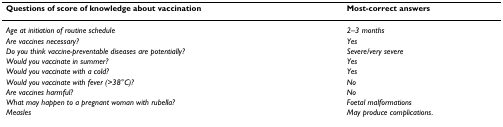
<table><thead><tr><td><b>Questions of score of knowledge about vaccination</b></td><td><b>Most-correct answers</b></td></tr></thead><tbody><tr><td><i>Age at initiation of routine schedule</i></td><td><i>2–3 months</i></td></tr><tr><td><i>Are vaccines necessary?</i></td><td><i>Yes</i></td></tr><tr><td><i>Do you think vaccine-preventable diseases are potentially?</i></td><td><i>Severe/very severe</i></td></tr><tr><td><i>Would you vaccinate in summer?</i></td><td><i>Yes</i></td></tr><tr><td><i>Would you vaccinate with a cold?</i></td><td><i>Yes</i></td></tr><tr><td><i>Would you vaccinate with fever (&gt;38°C)?</i></td><td><i>No</i></td></tr><tr><td><i>Are vaccines harmful?</i></td><td><i>No</i></td></tr><tr><td><i>What may happen to a pregnant woman with rubella?</i></td><td><i>Foetal malformations</i></td></tr><tr><td><i>Measles</i></td><td><i>May produce complications</i>.</td></tr></tbody></table>